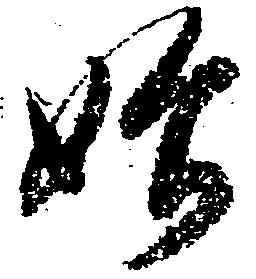
始